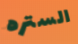
الستره